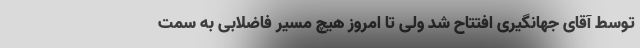
توسط آقای جهانگیری افتتاح شد ولی تا امروز هیچ مسیر فاضلابی به سمت